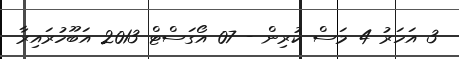
3 އަހަރު 4 މަސް ކުރިން - 07 އޯގަސްޓް 2013 އަބޫހުރައިރާ